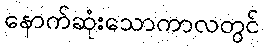
နောက်ဆုံးသောကာလတွင်